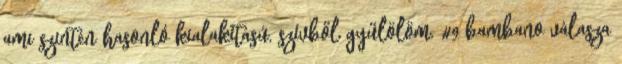
ami szintén hasonló kialakítású, szívből gyűlölöm. #9 bambano válasza